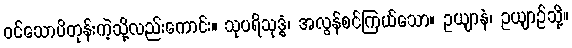
ဝင်သောပိတုန်းကဲ့သို့လည်းကောင်း။ သုပရိသုဒ္ဓံ၊ အလွန်စင်ကြယ်သော။ ဥယျာနံ၊ ဥယျာဉ်သို့။